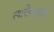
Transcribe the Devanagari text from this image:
स्वारीच्यावेळी